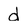
Character: d